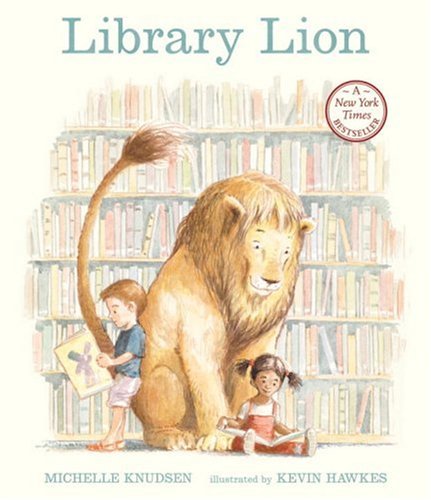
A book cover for Library Lion; Michelle Knudsen; Children's Books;